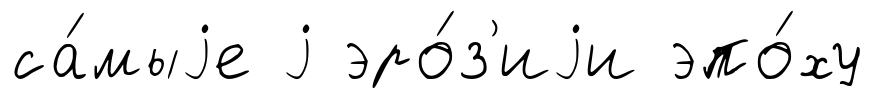
са́мыjе j эро́з'иjи эпо́ху